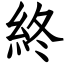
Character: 終